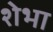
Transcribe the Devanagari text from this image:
शेभा